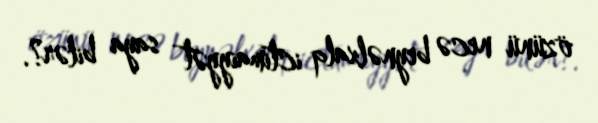
özünü necə beynəlxalq ictimaiyyət saya bilər?.